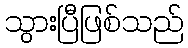
သွားပြီဖြစ်သည်